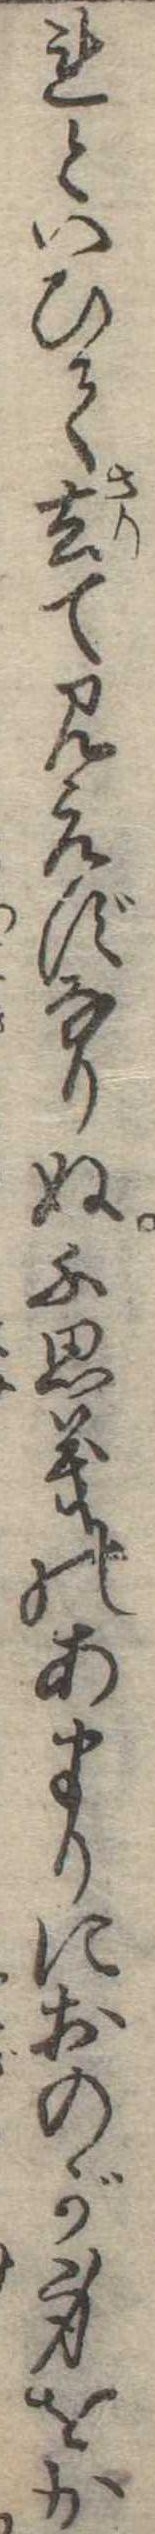
れといひて去て見えずなりぬ不思義のあまりにおのが身をか